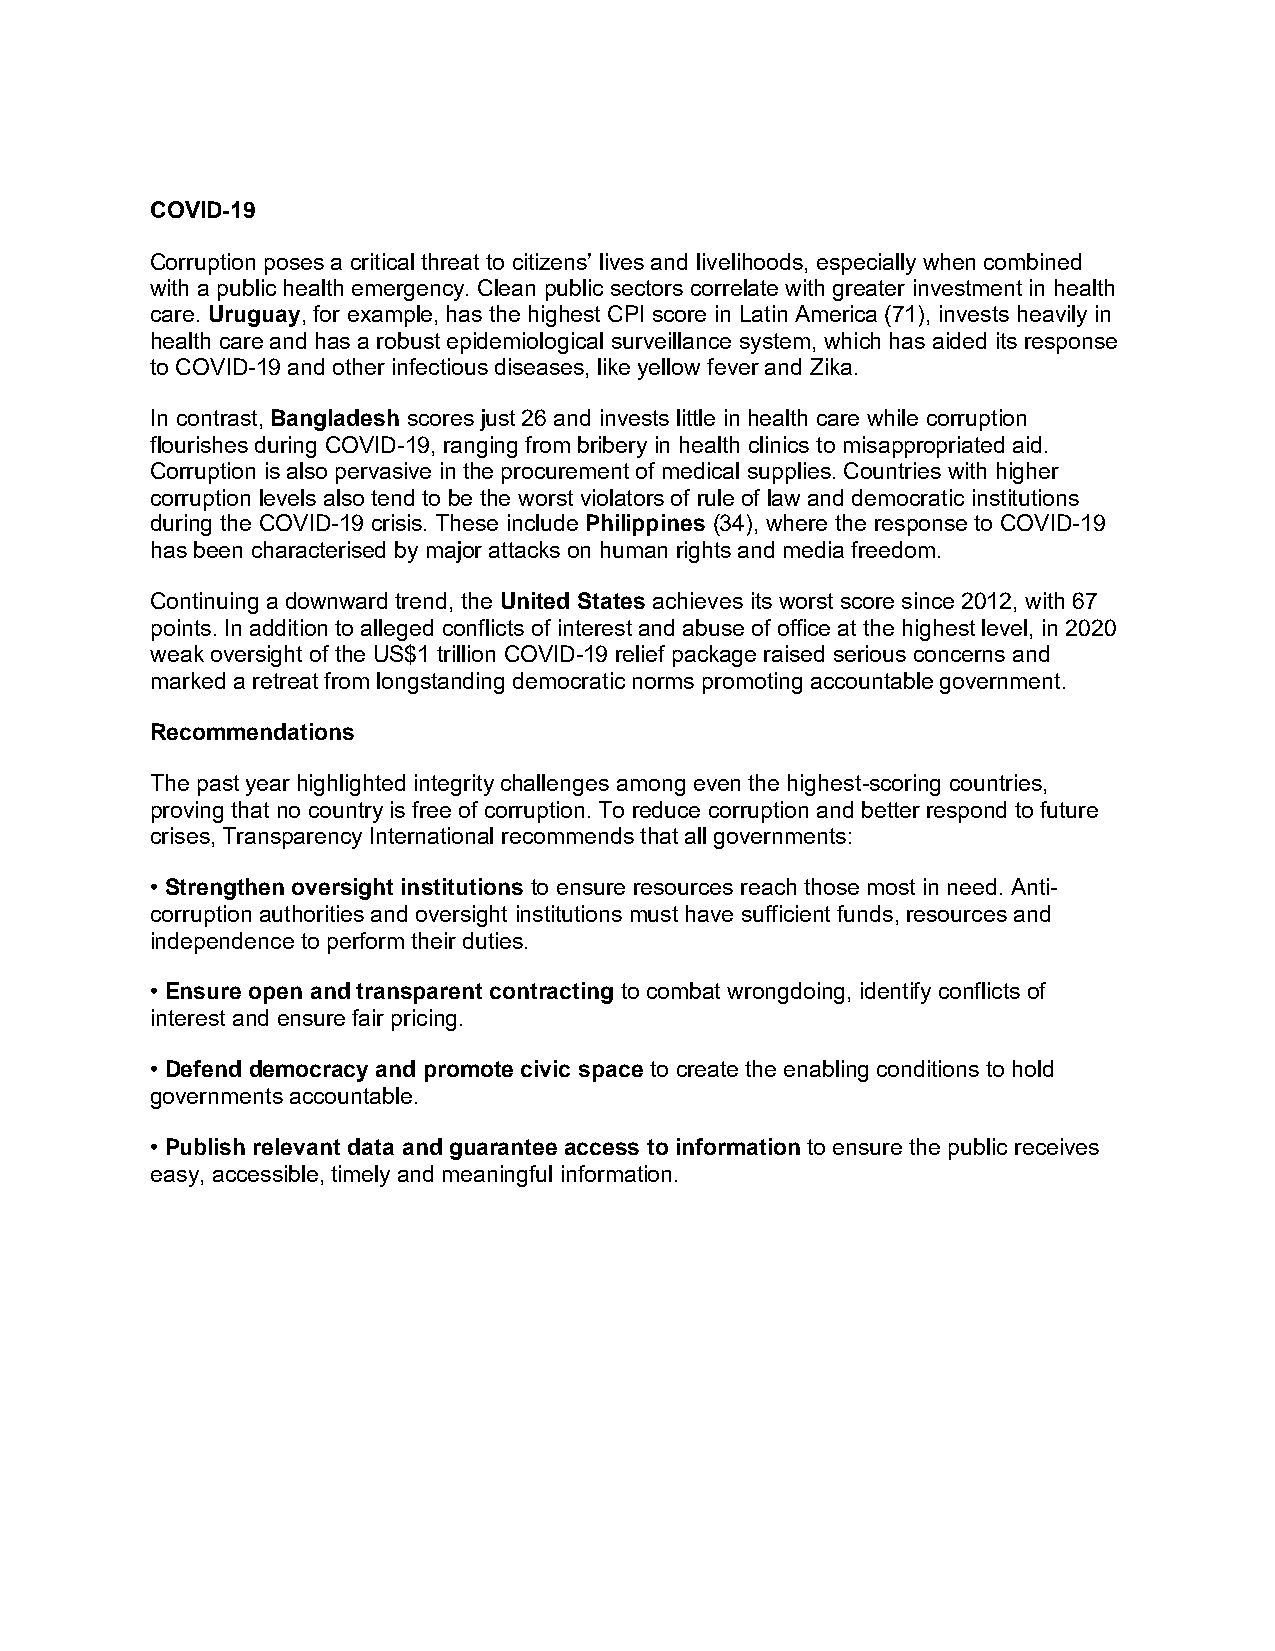
COVID-19
 Corruption poses a critical threat to citizens’ lives and livelihoods, especially when combined
 with a public health emergency. Clean public sectors correlate with greater investment in health
 care. Uruguay, for example, has the highest CPI score in Latin America (71), invests heavily in
 health care and has a robust epidemiological surveillance system, which has aided its response
 to COVID-19 and other infectious diseases, like yellow fever and Zika.
 In contrast, Bangladesh scores just 26 and invests little in health care while corruption
 flourishes during COVID-19, ranging from bribery in health clinics to misappropriated aid.
 Corruption is also pervasive in the procurement of medical supplies. Countries with higher
 corruption levels also tend to be the worst violators of rule of law and democratic institutions
 during the COVID-19 crisis. These include Philippines (34), where the response to COVID-19
 has been characterised by major attacks on human rights and media freedom.
 Continuing a downward trend, the United States achieves its worst score since 2012, with 67
 points. In addition to alleged conflicts of interest and abuse of office at the highest level, in 2020
 weak oversight of the US$1 trillion COVID-19 relief package raised serious concerns and
 marked a retreat from longstanding democratic norms promoting accountable government.
 Recommendations
 The past year highlighted integrity challenges among even the highest-scoring countries,
 proving that no country is free of corruption. To reduce corruption and better respond to future
 crises, Transparency International recommends that all governments:
 • Strengthen oversight institutions to ensure resources reach those most in need. Anti-
 corruption authorities and oversight institutions must have sufficient funds, resources and
 independence to perform their duties.
 • Ensure open and transparent contracting to combat wrongdoing, identify conflicts of
 interest and ensure fair pricing.
 • Defend democracy and promote civic space to create the enabling conditions to hold
 governments accountable.
 • Publish relevant data and guarantee access to information to ensure the public receives
 easy, accessible, timely and meaningful information.